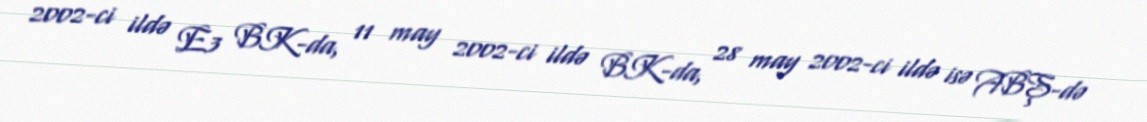
2002-ci ildə E3 BK-da, 11 may 2002-ci ildə BK-da, 28 may 2002-ci ildə isə ABŞ-də